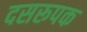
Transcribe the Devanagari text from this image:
दसरूपक